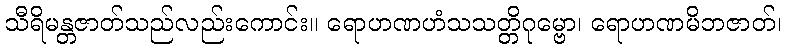
သီရိမန္တဇာတ်သည်လည်းကောင်း။ ရောဟဏဟံသသတ္တိဂုမ္ဗော၊ ရောဟဏမိဘဇာတ်၊